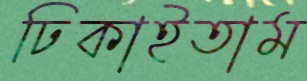
ঢিকাইতাম